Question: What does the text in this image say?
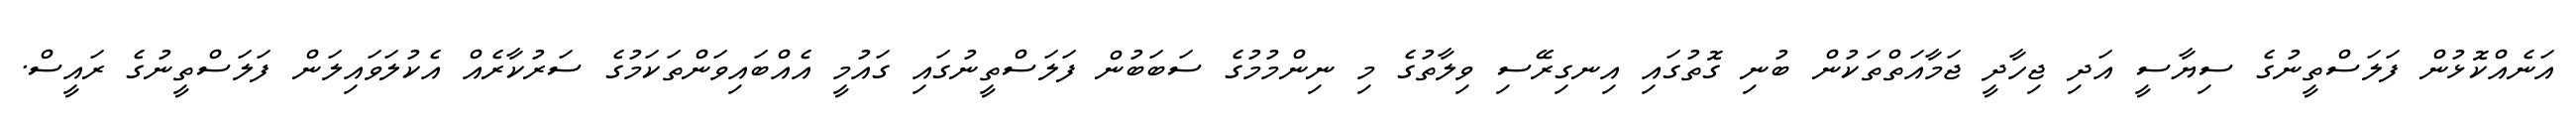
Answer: އަނެއްކޮޅުން ފަލަސްތީނުގެ ސިޔާސީ އަދި ޖިހާދީ ޖަމާއަތްތަކުން ބުނި ގޮތުގައި އިނގިރޭސި ވިލާތުގެ މި ނިންމުމުގެ ސަބަބުން ފަލަސްތީނުގައި ގައުމީ އެއްބައިވަންތަކަމުގެ ސަރުކާރެއް އެކުލަވައިލަން ފަލަސްތީނުގެ ރައީސް.